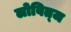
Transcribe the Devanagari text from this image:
लोवित्ज